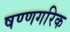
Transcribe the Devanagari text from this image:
षण्णगरिक